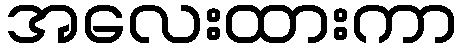
အလေးထားကာ